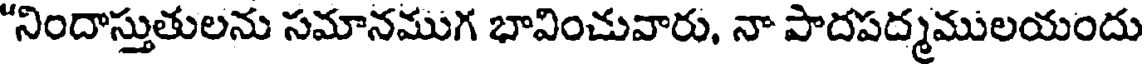
"నిందాస్తుతులను సమానముగ భావించువారు, నా పాదపద్మములయందు